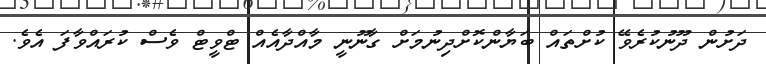
ދަށުން ދޫނުކުރެވޭ ކުށްތައް ބަޔާންކޮށްދިނުމަށް ގާނޫނީ މާއްދާއެއް ޓްވީޓް ވެސް ކުރައްވާފަ އެވެ.